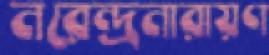
নরেন্দ্রনারায়ণ